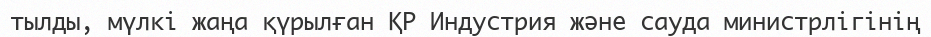
тылды, мүлкі жаңа қүрылған ҚР Индустрия және сауда министрлігінің